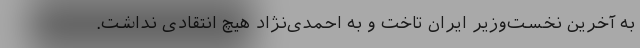
به آخرین نخست‌وزیر ایران تاخت و به احمدی‌نژاد هیچ انتقادی نداشت‌.